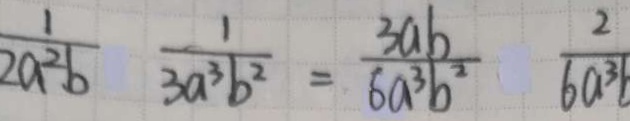
\frac { 1 } { 2 a ^ { 2 } b } \frac { 1 } { 3 a ^ { 3 } b ^ { 2 } } = \frac { 3 a b } { 6 a ^ { 3 } b ^ { 2 } } \frac { 2 } { 6 a ^ { 3 } b }